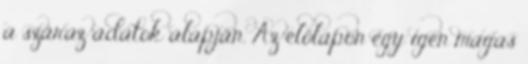
a száraz adatok alapján. Az előlapon egy igen magas